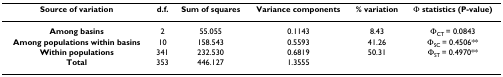
<table><thead><tr><td><b>Source of variation</b></td><td><b>d.f.</b></td><td><b>Sum of squares</b></td><td><b>Variance components</b></td><td><b>% variation</b></td><td><b>Φ statistics (P-value)</b></td></tr></thead><tbody><tr><td><b>Among basins</b></td><td>2</td><td>55.055</td><td>0.1143</td><td>8.43</td><td>Φ<sub>CT </sub>= 0.0843</td></tr><tr><td><b>Among populations within basins</b></td><td>10</td><td>158.543</td><td>0.5593</td><td>41.26</td><td>Φ<sub>SC </sub>= 0.4506**</td></tr><tr><td><b>Within populations</b></td><td>341</td><td>232.530</td><td>0.6819</td><td>50.31</td><td>Φ<sub>ST </sub>= 0.4970**</td></tr><tr><td><b>Total</b></td><td>353</td><td>446.127</td><td>1.3555</td><td></td><td></td></tr></tbody></table>